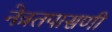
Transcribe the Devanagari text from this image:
नेत्रतपासणी